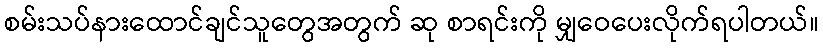
စမ်းသပ်နားထောင်ချင်သူတွေအတွက် ဆု စာရင်းကို မျှဝေပေးလိုက်ရပါတယ်။